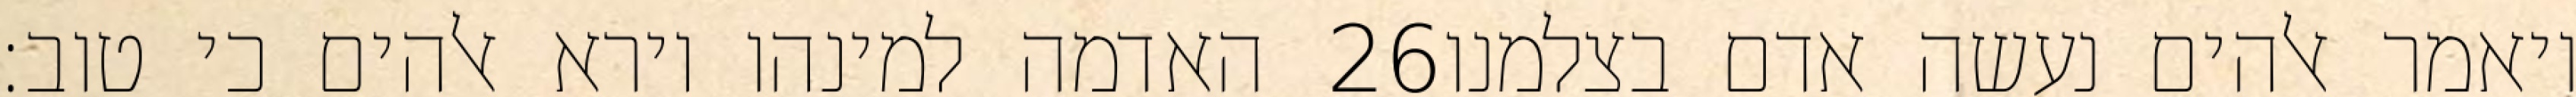
האדמה למינהו וירא אלהים כי טוב׃ ‎26‏ ויאמר אלהים נעשה אדם בצלמנו